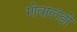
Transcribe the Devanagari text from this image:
गोवालंडो